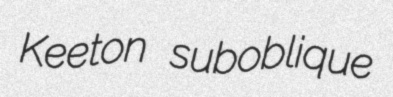
Keeton suboblique